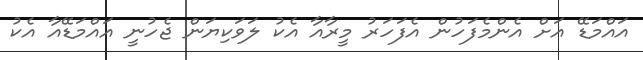
އައްމަޑޭ އަށް އެންމެފަހުން އެފަހަރު މީރާއާ އެކު ލަވަކިޔަން ޖެހުނީ އައްމަޑޭއާ އެކު